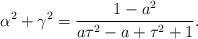
LaTeX: \begin{align*}\alpha^2 + \gamma^2 = \frac{1-a^2}{a \tau ^2-a+\tau ^2+1}.\end{align*}